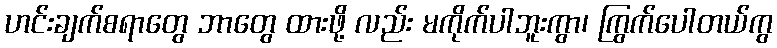
ဟင်းချက်စရာတွေ ဘာတွေ ထားဖို့ လည်း မကိုက်ပါဘူးကွာ၊ ကြွက်ပေါတယ်ကွ